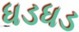
ધડધડ